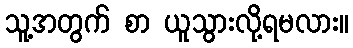
သူ့အတွက် စာ ယူသွားလို့ရမလား။